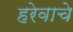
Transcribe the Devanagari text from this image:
हरेवाचे